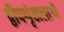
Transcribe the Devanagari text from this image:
द्वीपशृंखलाओं